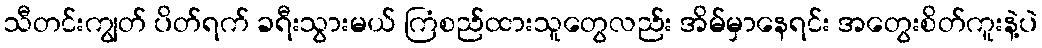
သီတင်းကျွတ် ပိတ်ရက် ခရီးသွားမယ် ကြံစည်ထားသူတွေလည်း အိမ်မှာနေရင်း အတွေးစိတ်ကူးနဲ့ပဲ